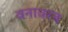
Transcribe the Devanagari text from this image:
वनावरच